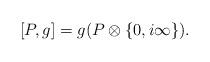
LaTeX: \begin{align*} [P,g]= g(P\otimes\lbrace 0,i \infty\rbrace).\end{align*}